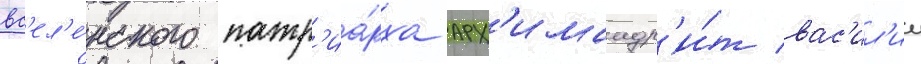
вс'ел'е́нского патр'иа́рха арх'имандр'и́т вас'ил'ии